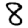
Digit: 8